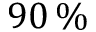
9 0 \, \%